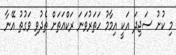
މި ކުށު ސަޖިދަ އަކީ އިމާމު ހަތަރުވަނަ ރަކްޢަތަށް ތެދުވި ވަގުތު އޭނާ